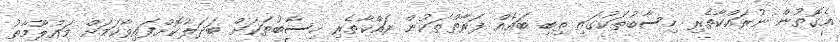
އެގޮތުން ނުރައްކާތެރި ހިސާބުތަކުގައި ތިބި ބައެއް ފަރާތްތަކުން ރައްކާތެރި ހިސާބުތަކަށް ބަދަލުކޮށްފައިވާކަމަށް މައުލޫމާތު